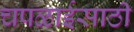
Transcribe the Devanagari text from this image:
चपळाईसाठी